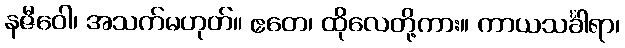
နဇီဝေါ၊ အသက်မဟုတ်။ ဧတေ၊ ထိုလေတို့ကား။ ကာယသင်္ခါရာ၊